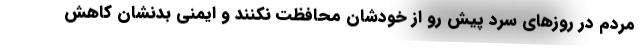
مردم در روزهای سرد پیش رو از خودشان محافظت نکنند و ایمنی بدنشان کاهش